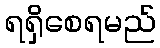
ရရှိစေရမည်